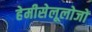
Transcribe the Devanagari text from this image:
हेमीसेलूलोजों